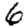
Digit: 6